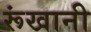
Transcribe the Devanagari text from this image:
रूंखानी